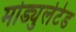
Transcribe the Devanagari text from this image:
मोड्युलेटेड